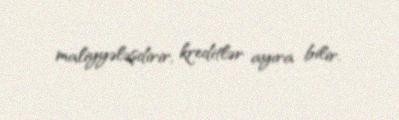
maliyyələşdirir, kreditlər ayıra bilir.